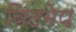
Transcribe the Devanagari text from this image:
बिटमेप